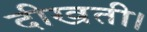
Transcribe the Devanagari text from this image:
दीखती।